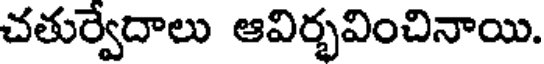
చతుర్వేదాలు ఆవిర్భవించినాయి.